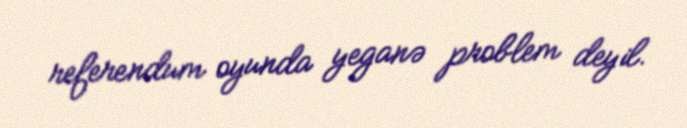
referendum oyunda yeganə problem deyil.